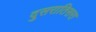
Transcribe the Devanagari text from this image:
दुसरातिसरा